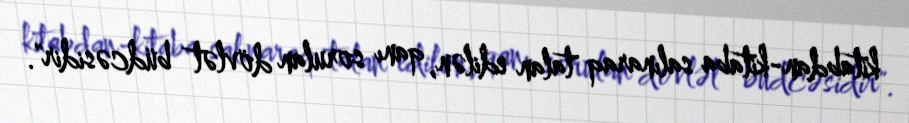
kitabdan-kitaba salınaraq talan edilən, qanı sorulan dövlət büdcəsidir".